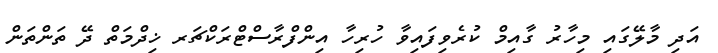
އަދި މާލޭގައި މިހާރު ގާއިމް ކުރެވިފައިވާ ހުރިހާ އިންފްރާސްޓްރަކްޗަރ ޚިދްމަތް ދޭ ތަންތަން